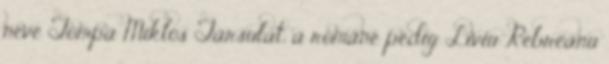
neve Tompa Miklós Társulat, a románé pedig Liviu Rebreanu